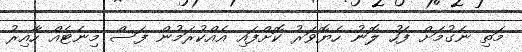
މަތި ނެގުމަށް ފަހު ލޮނު ހެޔޮވަރު ކޮށްފައި އެއްކުރަމުން ފަސް މިނެޓެއް ހާއިރު